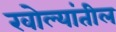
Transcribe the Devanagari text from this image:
खोल्यांतील